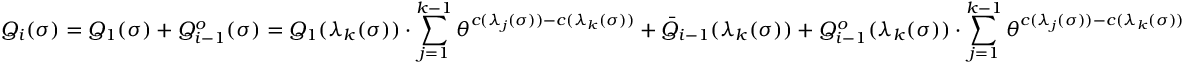
Q _ { i } ( \sigma ) = Q _ { 1 } ( \sigma ) + Q _ { i - 1 } ^ { o } ( \sigma ) = Q _ { 1 } ( \lambda _ { k } ( \sigma ) ) \cdot \sum _ { j = 1 } ^ { k - 1 } \theta ^ { c ( \lambda _ { j } ( \sigma ) ) - c ( \lambda _ { k } ( \sigma ) ) } + \bar { Q } _ { i - 1 } ( \lambda _ { k } ( \sigma ) ) + Q _ { i - 1 } ^ { o } ( \lambda _ { k } ( \sigma ) ) \cdot \sum _ { j = 1 } ^ { k - 1 } \theta ^ { c ( \lambda _ { j } ( \sigma ) ) - c ( \lambda _ { k } ( \sigma ) ) }